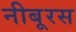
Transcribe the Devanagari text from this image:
नीबूरस